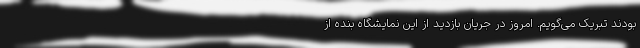
بودند تبریک می‌گویم. امروز در جریان بازدید از این نمایشگاه بنده از